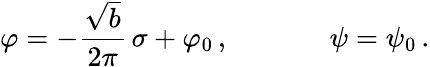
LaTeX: \varphi=-\frac{\sqrt{b}}{2\pi}\, \sigma+\varphi_{0}\, ,\, \, \, \, \, \, \, \, \, \, \, \, \, \, \, \, \, \, \, \, \, \psi=\psi_{0}\, .